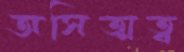
অসিত্মত্ব